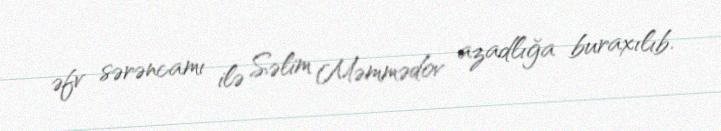
əfv sərəncamı ilə Səlim Məmmədov azadlığa buraxılıb.